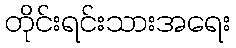
တိုင်းရင်းသားအရေး